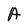
Character: A